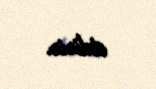
etdirir.